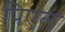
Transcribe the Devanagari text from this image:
पिएल